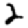
Digit: 2